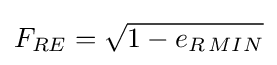
F_{RE}={\sqrt {1-e_{R\,MIN}}}